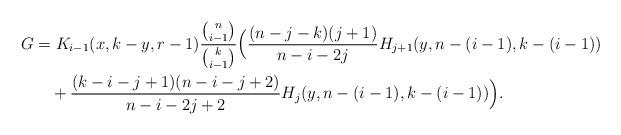
LaTeX: \begin{align*}G& = K_{i-1}(x,k-y,r-1)\frac{\binom{n}{i-1}}{\binom{k}{i-1}}\Big(\frac{(n-j-k)(j+1)}{n-i-2j}H_{j+1}(y,n-(i-1),k-(i-1))\\& \quad+\frac{(k-i-j+1)(n-i-j+2)}{n-i-2j+2}H_{j}(y,n-(i-1),k-(i-1))\Big).\end{align*}